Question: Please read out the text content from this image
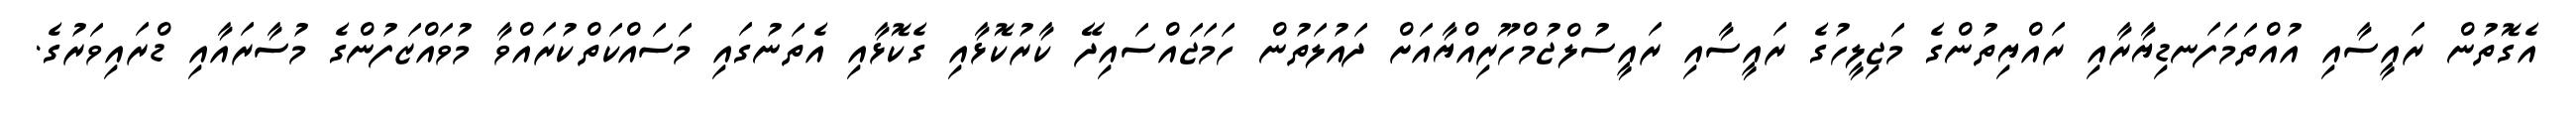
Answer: އެގޮތުން ރައީސާއި އުއްތަމަފަނޑިޔާރާއި ރައްޔިތުންގެ މަޖިލީހުގެ ރައީސާއި ރައީސުލްޖުމްހޫރިއްޔާއަށް ދައުލަތުން ހަމަޖައްސައިދޭ ކާރުކޮޅާއި ގެކޮޅާއި އެތަނުގައި މަސައްކަތްކުރައްވާ މުވައްޒަފުންގެ މުސާރައާއި ޑްރައިވަރުގެ.